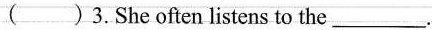
( )3.She often listens to the___.